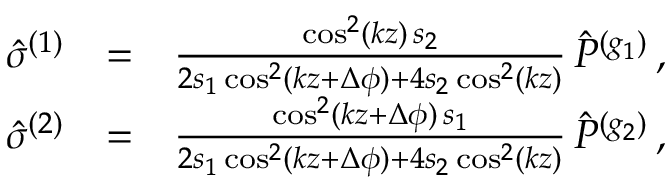
\begin{array} { r l r } { { \hat { \sigma } } ^ { ( 1 ) } } & { = } & { \frac { \cos ^ { 2 } ( k z ) \, s _ { 2 } } { 2 s _ { 1 } \cos ^ { 2 } ( k z + \Delta \phi ) + 4 s _ { 2 } \cos ^ { 2 } ( k z ) } \, { \hat { P } } ^ { ( g _ { 1 } ) } \, , } \\ { { \hat { \sigma } } ^ { ( 2 ) } } & { = } & { \frac { \cos ^ { 2 } ( k z + \Delta \phi ) \, s _ { 1 } } { 2 s _ { 1 } \cos ^ { 2 } ( k z + \Delta \phi ) + 4 s _ { 2 } \cos ^ { 2 } ( k z ) } \, { \hat { P } } ^ { ( g _ { 2 } ) } \, , } \end{array}